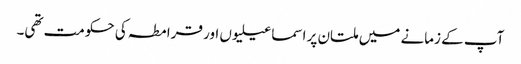
آپ کے زمانے میں ملتان پر اسماعیلیوں اور قرامطہ کی حکومت تھی۔